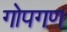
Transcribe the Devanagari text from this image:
गोपगण